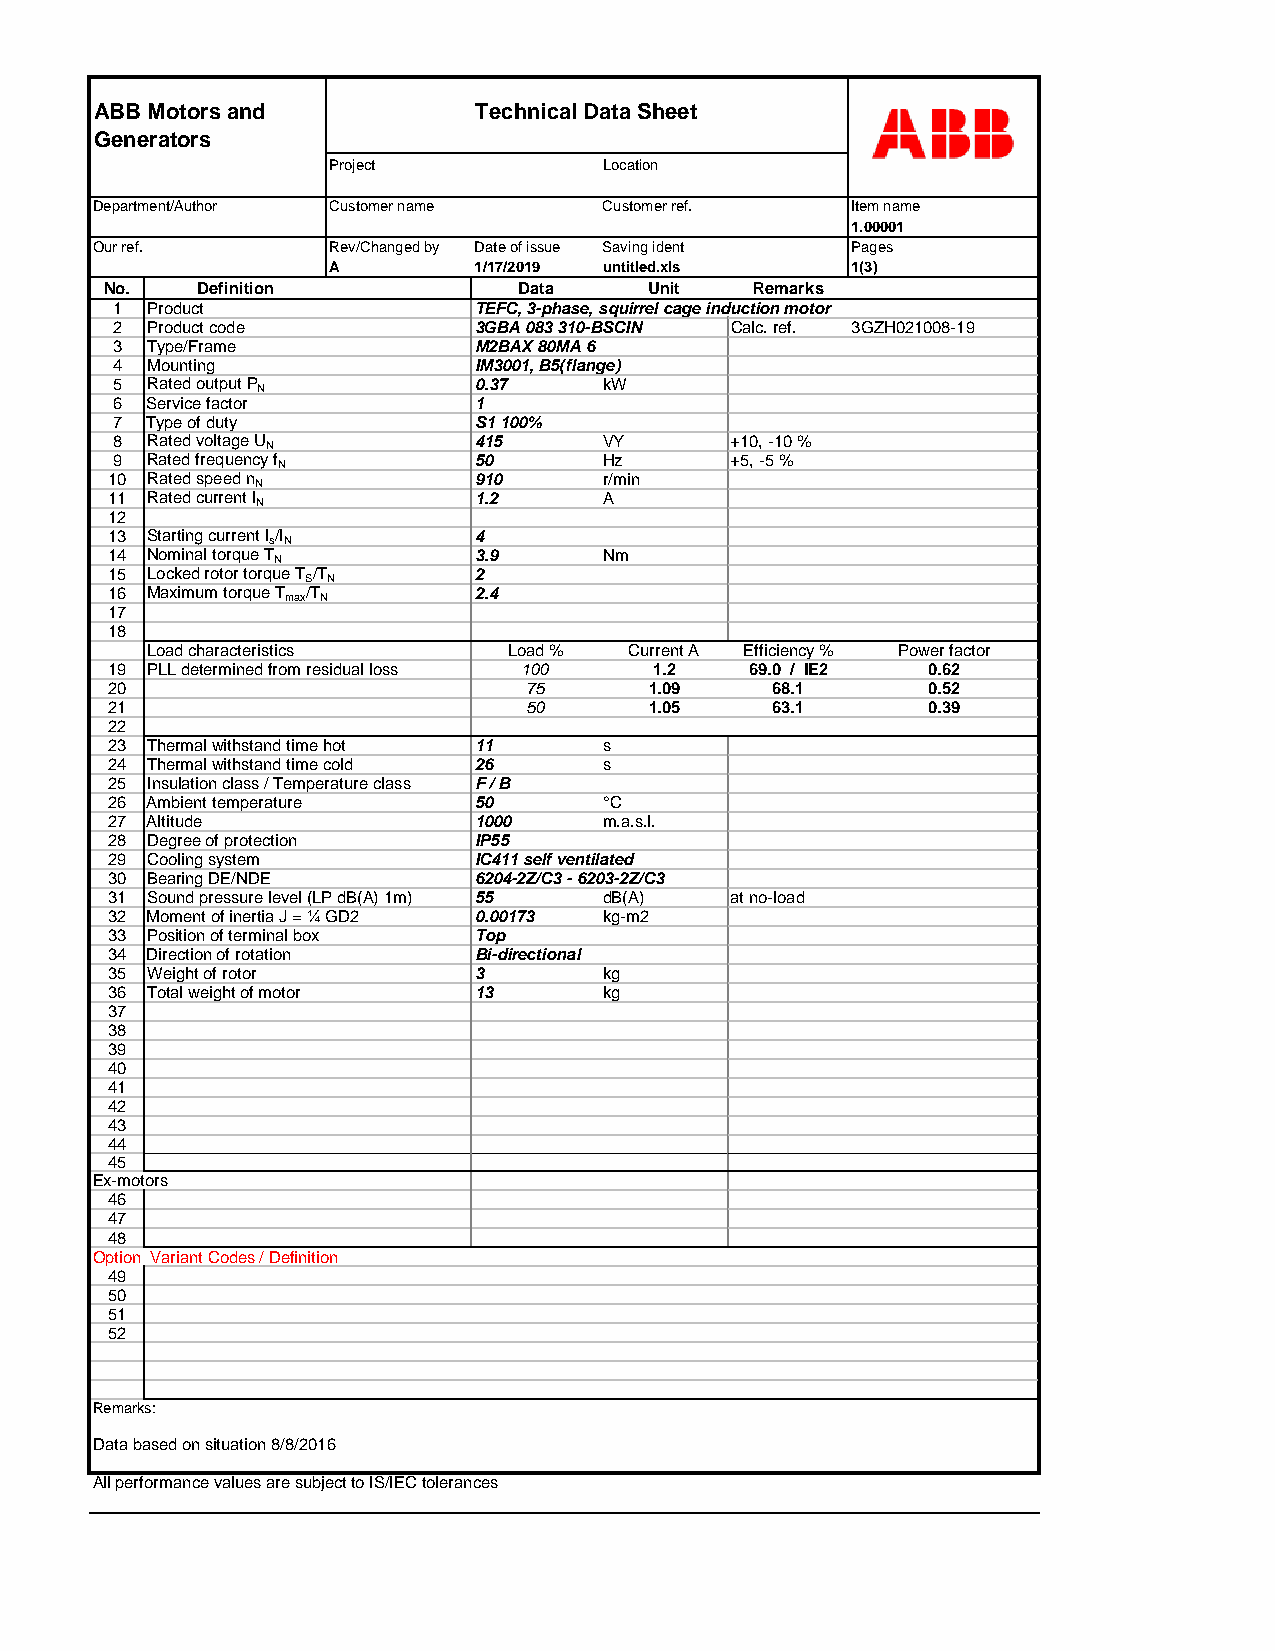
ABB Motors and           Technical Data Sheet
 Generators
 Project           Location
 Department/Author Customer name   Customer ref.   Item name
 1.00001
 Our ref.        Rev/Changed by Date of issue Saving ident Pages
 A        1/17/2019 untitled.xls   1(3)
 No.   Definition           Data     Unit   Remarks
 1  Product              TEFC, 3-phase, squirrel cage induction motor
 2  Product code         3GBA 083 310-BSCIN Calc. ref. 3GZH021008-19
 3  Type/Frame           M2BAX 80MA 6
 4  Mounting             IM3001, B5(flange)
 5  Rated output P
 N
 0.37     kW
 6  Service factor       1
 7  Type of duty         S1 100%
 8  Rated voltage U
 N
 415      VY      +10, -10 %
 9  Rated frequency f
 N
 50       Hz      +5, -5 %
 10 Rated speed n
 N
 910      r/min
 11 Rated current I
 N
 1.2      A
 12
 13 Starting current I s/I
 N
 4
 14 Nominal torque T
 N
 3.9      Nm
 15 Locked rotor torque T S/T
 N
 2
 16 Maximum torque T max/T
 N
 2.4
 17
 18
 Load characteristics    Load %  Current A Efficiency % Power factor
 19 PLL determined from residual loss 100 1.2 69.0 / IE2 0.62
 20                          75      1.09    68.1      0.52
 21                          50      1.05    63.1      0.39
 22
 23 Thermal withstand time hot 11 s
 24 Thermal withstand time cold 26 s
 25 Insulation class / Temperature class F / B
 26 Ambient temperature  50       °C
 27 Altitude             1000     m.a.s.l.
 28 Degree of protection IP55
 29 Cooling system       IC411 self ventilated
 30 Bearing DE/NDE       6204-2Z/C3 - 6203-2Z/C3
 31 Sound pressure level (LP dB(A) 1m) 55 dB(A) at no-load
 32 Moment of inertia J = ¼ GD2 0.00173 kg-m2
 33 Position of terminal box Top
 34 Direction of rotation Bi-directional
 35 Weight of rotor      3        kg
 36 Total weight of motor 13      kg
 37
 38
 39
 40
 41
 42
 43
 44
 45
 Ex-motors
 46
 47
 48
 Option Variant Codes / Definition
 49
 50
 51
 52
 Remarks:
 Data based on situation 8/8/2016
 All performance values are subject to IS/IEC tolerances